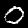
Digit: 0